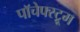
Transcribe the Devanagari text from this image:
पॉचेफ्स्ट्रूम